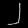
Digit: ၂